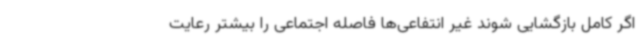
اگر کامل بازگشایی شوند غیر انتفاعی‌ها فاصله اجتماعی را بیشتر رعایت